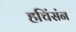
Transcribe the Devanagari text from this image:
हचिंसंन